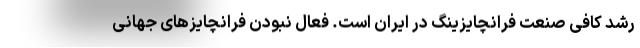
رشد کافی صنعت فرانچایزینگ در ایران است. فعال نبودن فرانچایزهای جهانی